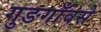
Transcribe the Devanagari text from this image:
गुङगाँवसे